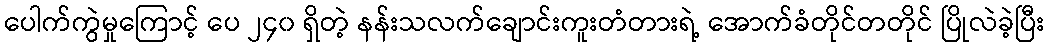
ပေါက်ကွဲမှုကြောင့် ပေ ၂၄၀ ရှိတဲ့ နန်းသလက်ချောင်းကူးတံတားရဲ့ အောက်ခံတိုင်တတိုင် ပြိုလဲခဲ့ပြီး